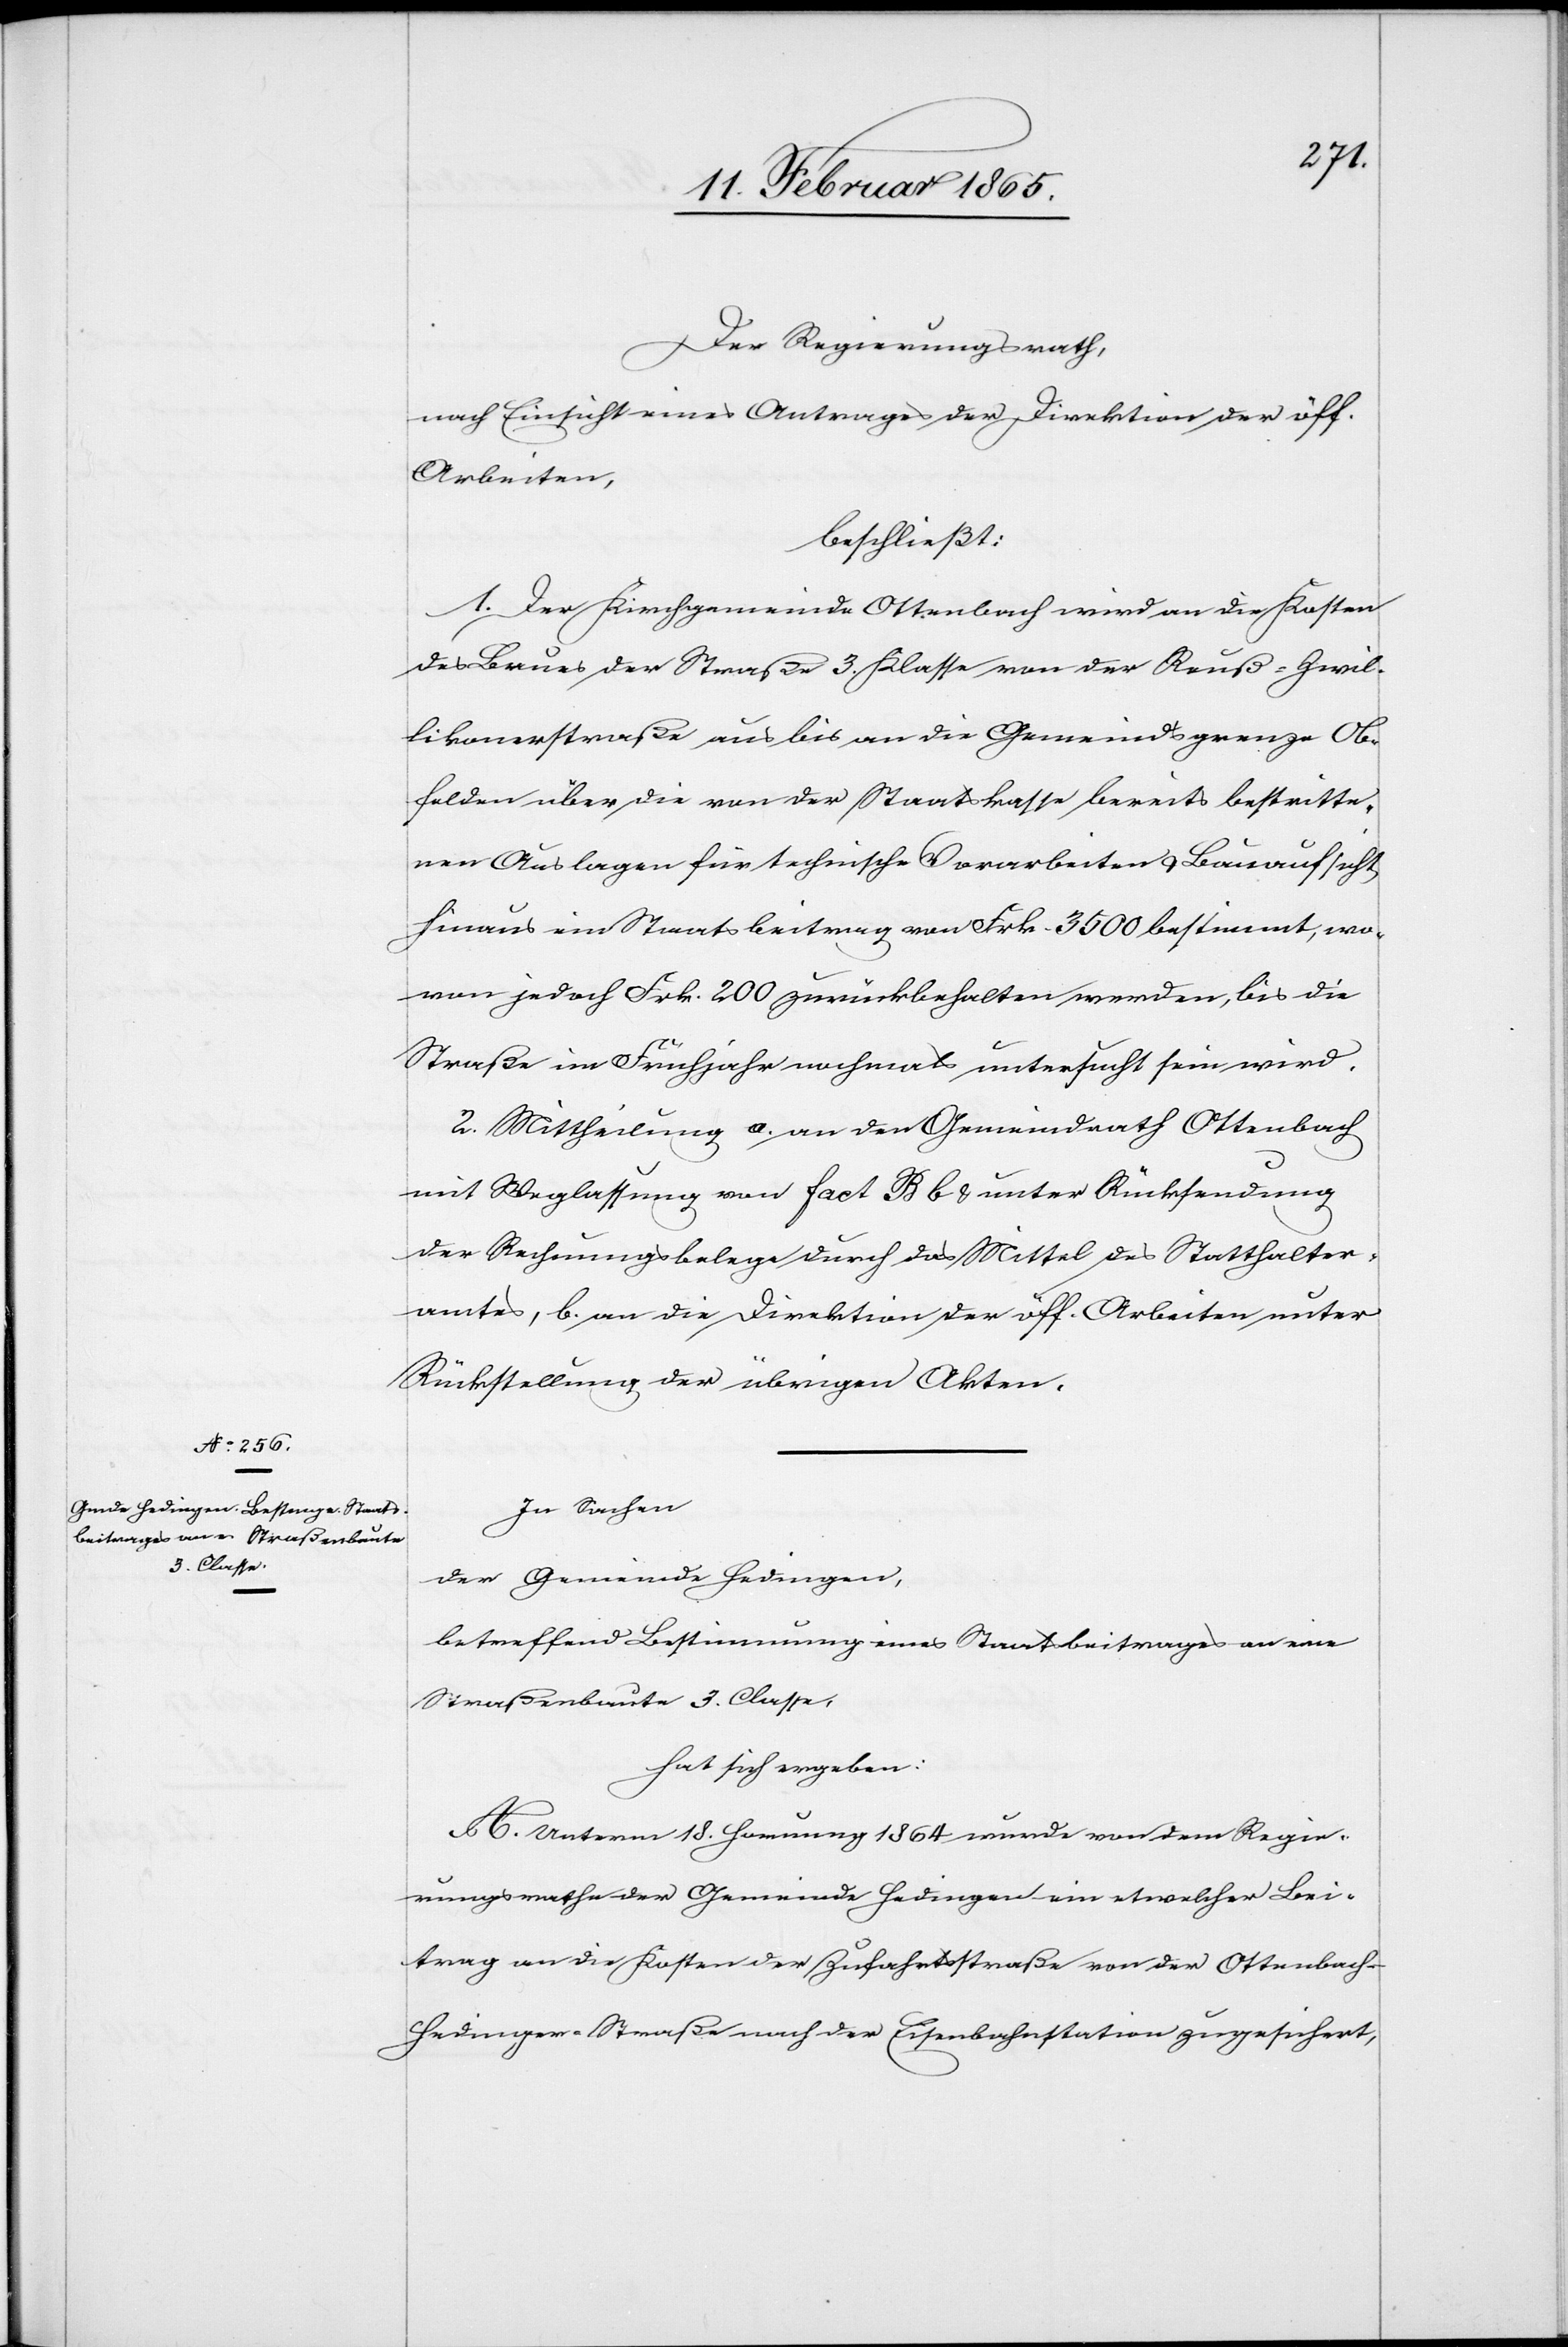
Der Regierungsrath,
nach Einsicht eines Antrages der Direktion der öff.
Arbeiten,
beschließt:
1. Der Kirchgemeinde Ottenbach wird an die Kosten
des Baues der Straße 3. Klasse von der Reuß-Zwil¬
likonerstraße aus bis an die Gemeindsgrenze Ob¬
felden über die von der Staatskasse bereits bestritte¬
nen Auslagen für technische Vorarbeiten u. Bauaufsicht
hinaus ein Staatsbeitrag von Frk. 3500 bestimmt, wo¬
von jedoch Frk. 200 zurückbehalten werden, bis die
Straße im Frühjahr nochmals untersucht sein wird.
2. Mittheilung a. an den Gemeindrath Ottenbach
mit Weglassung von fact B b u. unter Rücksendung
der Rechnungsbelege durch das Mittel des Statthalter¬
amtes, b. an die Direktion der öff. Arbeiten unter
Rückstellung der übrigen Akten.
In Sachen
der Gemeinde Hedingen,
betreffend Bestimmung eines Staatsbeitrages an eine
Straßenbaute 3. Classe,
hat sich ergeben:
A. Unterm 18. Hornung 1864 wurde von dem Regie¬
rungsrathe der Gemeinde Hedingen ein etwelcher Bei¬
trag an die Kosten der Zufahrtsstraße von der Ottenbach-H¬
edingen-Straße nach der Eisenbahnstation zugesichert,